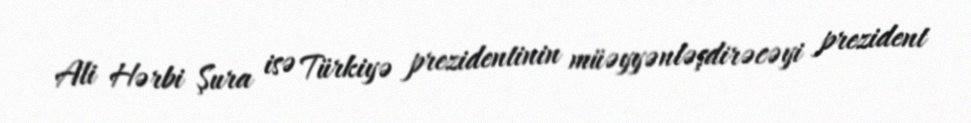
Ali Hərbi Şura isə Türkiyə prezidentinin müəyyənləşdirəcəyi prezident